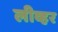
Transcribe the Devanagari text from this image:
लीव्हर